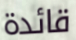
قائدة